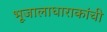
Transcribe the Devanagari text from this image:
भूजालाधाराकांची